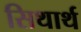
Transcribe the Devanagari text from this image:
सिथार्थ